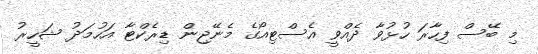
މި ބޭސް ފިހާރަ ހުޅުވާ ދެއްވީ އެސްޓިއޯގެ މެނޭޖިން ޑިރެކްޓާ އަހުމަދު ޝަހީރު